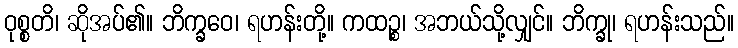
ဝုစ္စတိ၊ ဆိုအပ်၏။ ဘိက္ခဝေ၊ ရဟန်းတို့။ ကထဉ္စ၊ အဘယ်သို့လျှင်။ ဘိက္ခု၊ ရဟန်းသည်။